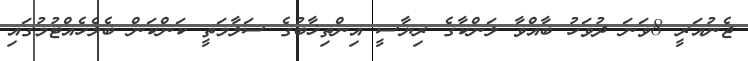
ޖެނުއަރީ 8ވަނަ ދުވަހު ބާއްވާ ލަންކާގެ ރިޔާސީ އިންތިޚާބުގެ ސަލާމަތީ ކަންކަން ބެލެހެއްޓުމުގައި